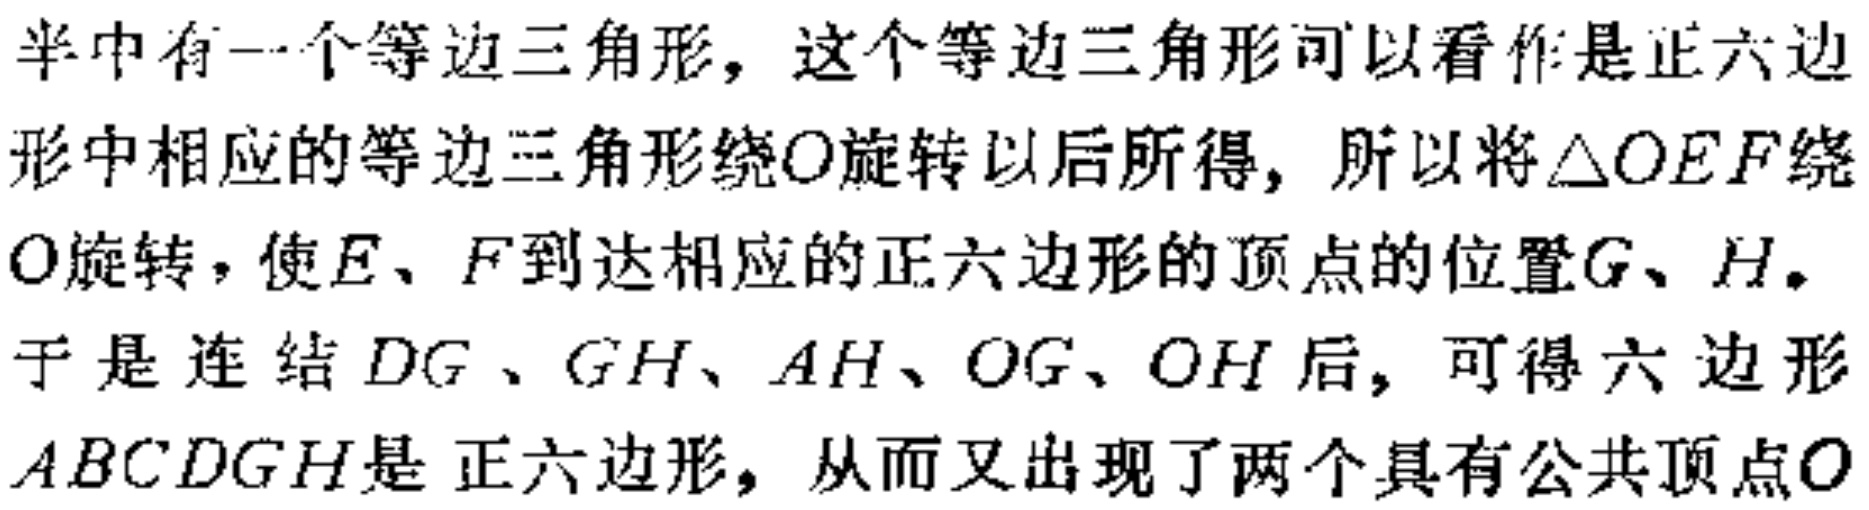
半中有一个等边三角形，这个等边三角形可以看作是正六边形中相应的等边三角形绕\(O\)旋转以后所得，所以将\(\triangle OEF\)绕\(O\)旋转，使\(E\)、\(F\)到达相应的正六边形的顶点的位置\(G\)、\(H\)。于是连结\(DG\)、\(GH\)、\(AH\)、\(OG\)、\(OH\)后，可得六边形\(ABCDGH\)是正六边形，从而又出现了两个具有公共顶点\(O\)